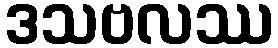
ဒသဗလဿ